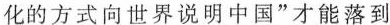
化的方式向世界说明中国”才能落到